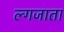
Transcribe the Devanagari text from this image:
ल्गजाता